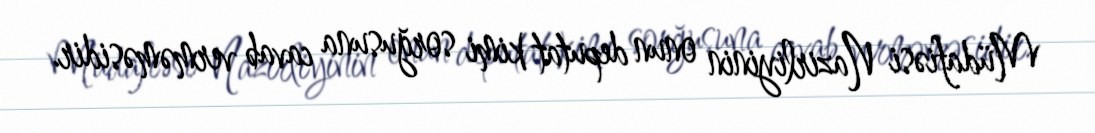
Müdafiəsi Nazirliyinin onun deputat kimi sorğusuna cavab verməməsidir.